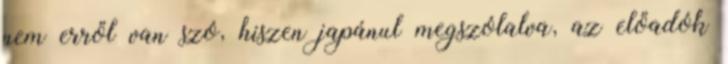
nem erről van szó, hiszen japánul megszólalva, az előadók